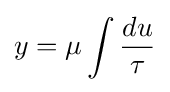
y=\mu \int {\frac {du}{\tau }}